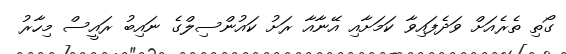
ގޯތި ތެރެއަށް ވަދެފައިވާ ކަމަށާއި އޭނާއާ ރަށު ކައުންސިލްގެ ނައިބު ރައީސް މިހާރު